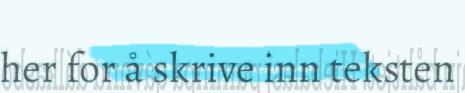
her for å skrive inn teksten